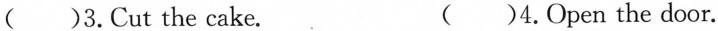
( )3. Cut the cake. ( )4. Open the door.